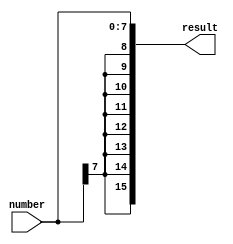
module sign_extend8(result, number);
	input[7:0] number;
	output[15:0] result;
	assign result = { {8{number[7]}}, number};
endmodule

module sign_extend4(result, number);
	input[11:0] number;
	output[15:0] result;
	assign result = { {4{number[11]}}, number};
endmodule
	
module zero_pad8(result, number);
        input[7:0] number;
	output[15:0] result;
	assign result = { 8'h00, number};
endmodule

module zero_pad4(result, number);
        input[11:0] number;
        output[15:0] result;
	assign result = { 4'h0, number};
endmodule